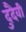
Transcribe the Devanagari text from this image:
दुदैवी